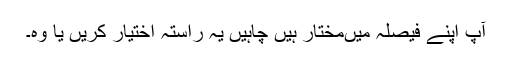
آپ اپنے فیصلہ میںمختار ہیں چاہیں یہ راستہ اختیار کریں یا وہ۔